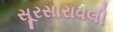
સૂરસારાવલી